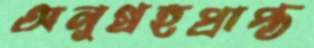
অনুগ্রহপ্রাপ্ত